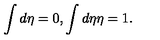
\int d \eta = 0 , \int d \eta \eta = 1 .